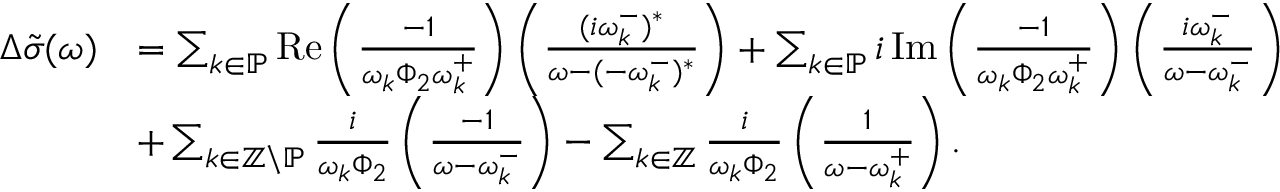
\begin{array} { r l } { \Delta \tilde { \sigma } ( \omega ) } & { = \sum _ { k \in \mathbb { P } } \operatorname { R e } \left( \frac { - 1 } { \omega _ { k } \Phi _ { 2 } \omega _ { k } ^ { + } } \right) \left( \frac { ( i \omega _ { k } ^ { - } ) ^ { * } } { \omega - ( - \omega _ { k } ^ { - } ) ^ { * } } \right) + \sum _ { k \in \mathbb { P } } i \operatorname { I m } \left( \frac { - 1 } { \omega _ { k } \Phi _ { 2 } \omega _ { k } ^ { + } } \right) \left( \frac { i \omega _ { k } ^ { - } } { \omega - \omega _ { k } ^ { - } } \right) } \\ & { + \sum _ { k \in \mathbb { Z } \backslash \mathbb { P } } \frac { i } { \omega _ { k } \Phi _ { 2 } } \left( \frac { - 1 } { \omega - \omega _ { k } ^ { - } } \right) - \sum _ { k \in \mathbb { Z } } \frac { i } { \omega _ { k } \Phi _ { 2 } } \left( \frac { 1 } { \omega - \omega _ { k } ^ { + } } \right) . } \end{array}